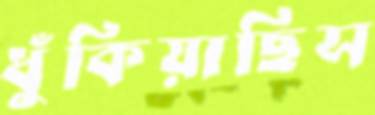
ধুঁকিয়াছিস